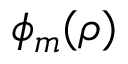
\phi _ { m } ( \rho )